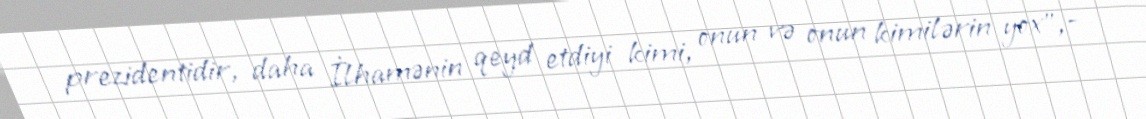
prezidentidir, daha İlhamənin qeyd etdiyi kimi, onun və onun kimilərin yox”,-